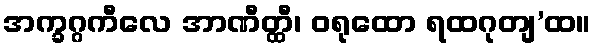
အက္ခဂ္ဂကီလေ အာဏီတ္ထီ၊ ဝရုထော ရထဂုတျ’ထ။